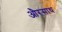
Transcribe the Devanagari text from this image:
औरसाथ